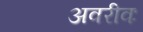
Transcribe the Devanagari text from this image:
अवरीवः